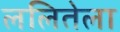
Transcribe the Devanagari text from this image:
ललितेला